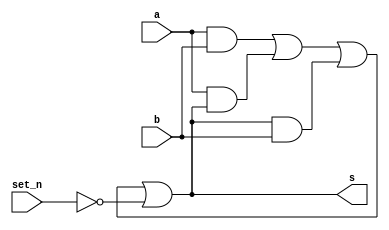
`timescale 1ns/1ns
module muller_2input_set   #(parameter DELAY=5)
                            (input set_n,a,b,
                             output s);

wire w1,w2,w3;

and a1(w1,a,b);
and a2(w2,a,s);
and a3(w3,s,b);
or  a4(w4,w1,w2,w3);
or #(DELAY) a5 (s,w4,~set_n);


endmodule